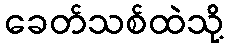
ခေတ်သစ်ထဲသို့